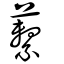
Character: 蘻